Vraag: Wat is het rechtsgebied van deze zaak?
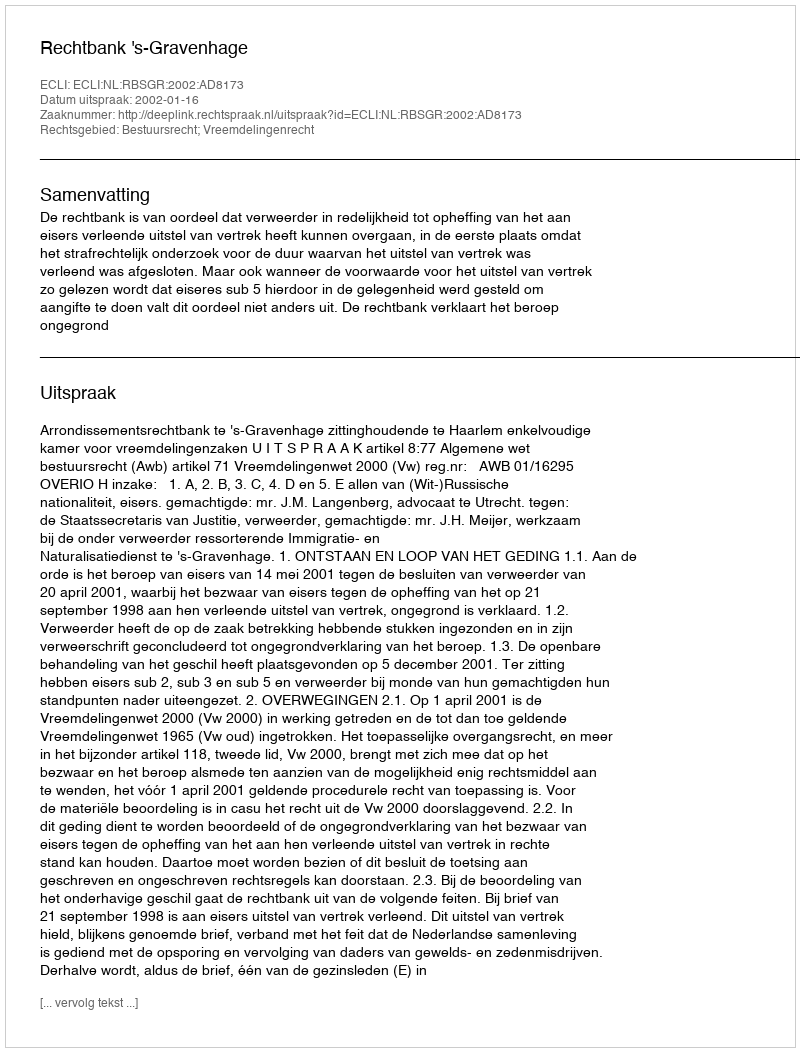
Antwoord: Bestuursrecht; Vreemdelingenrecht